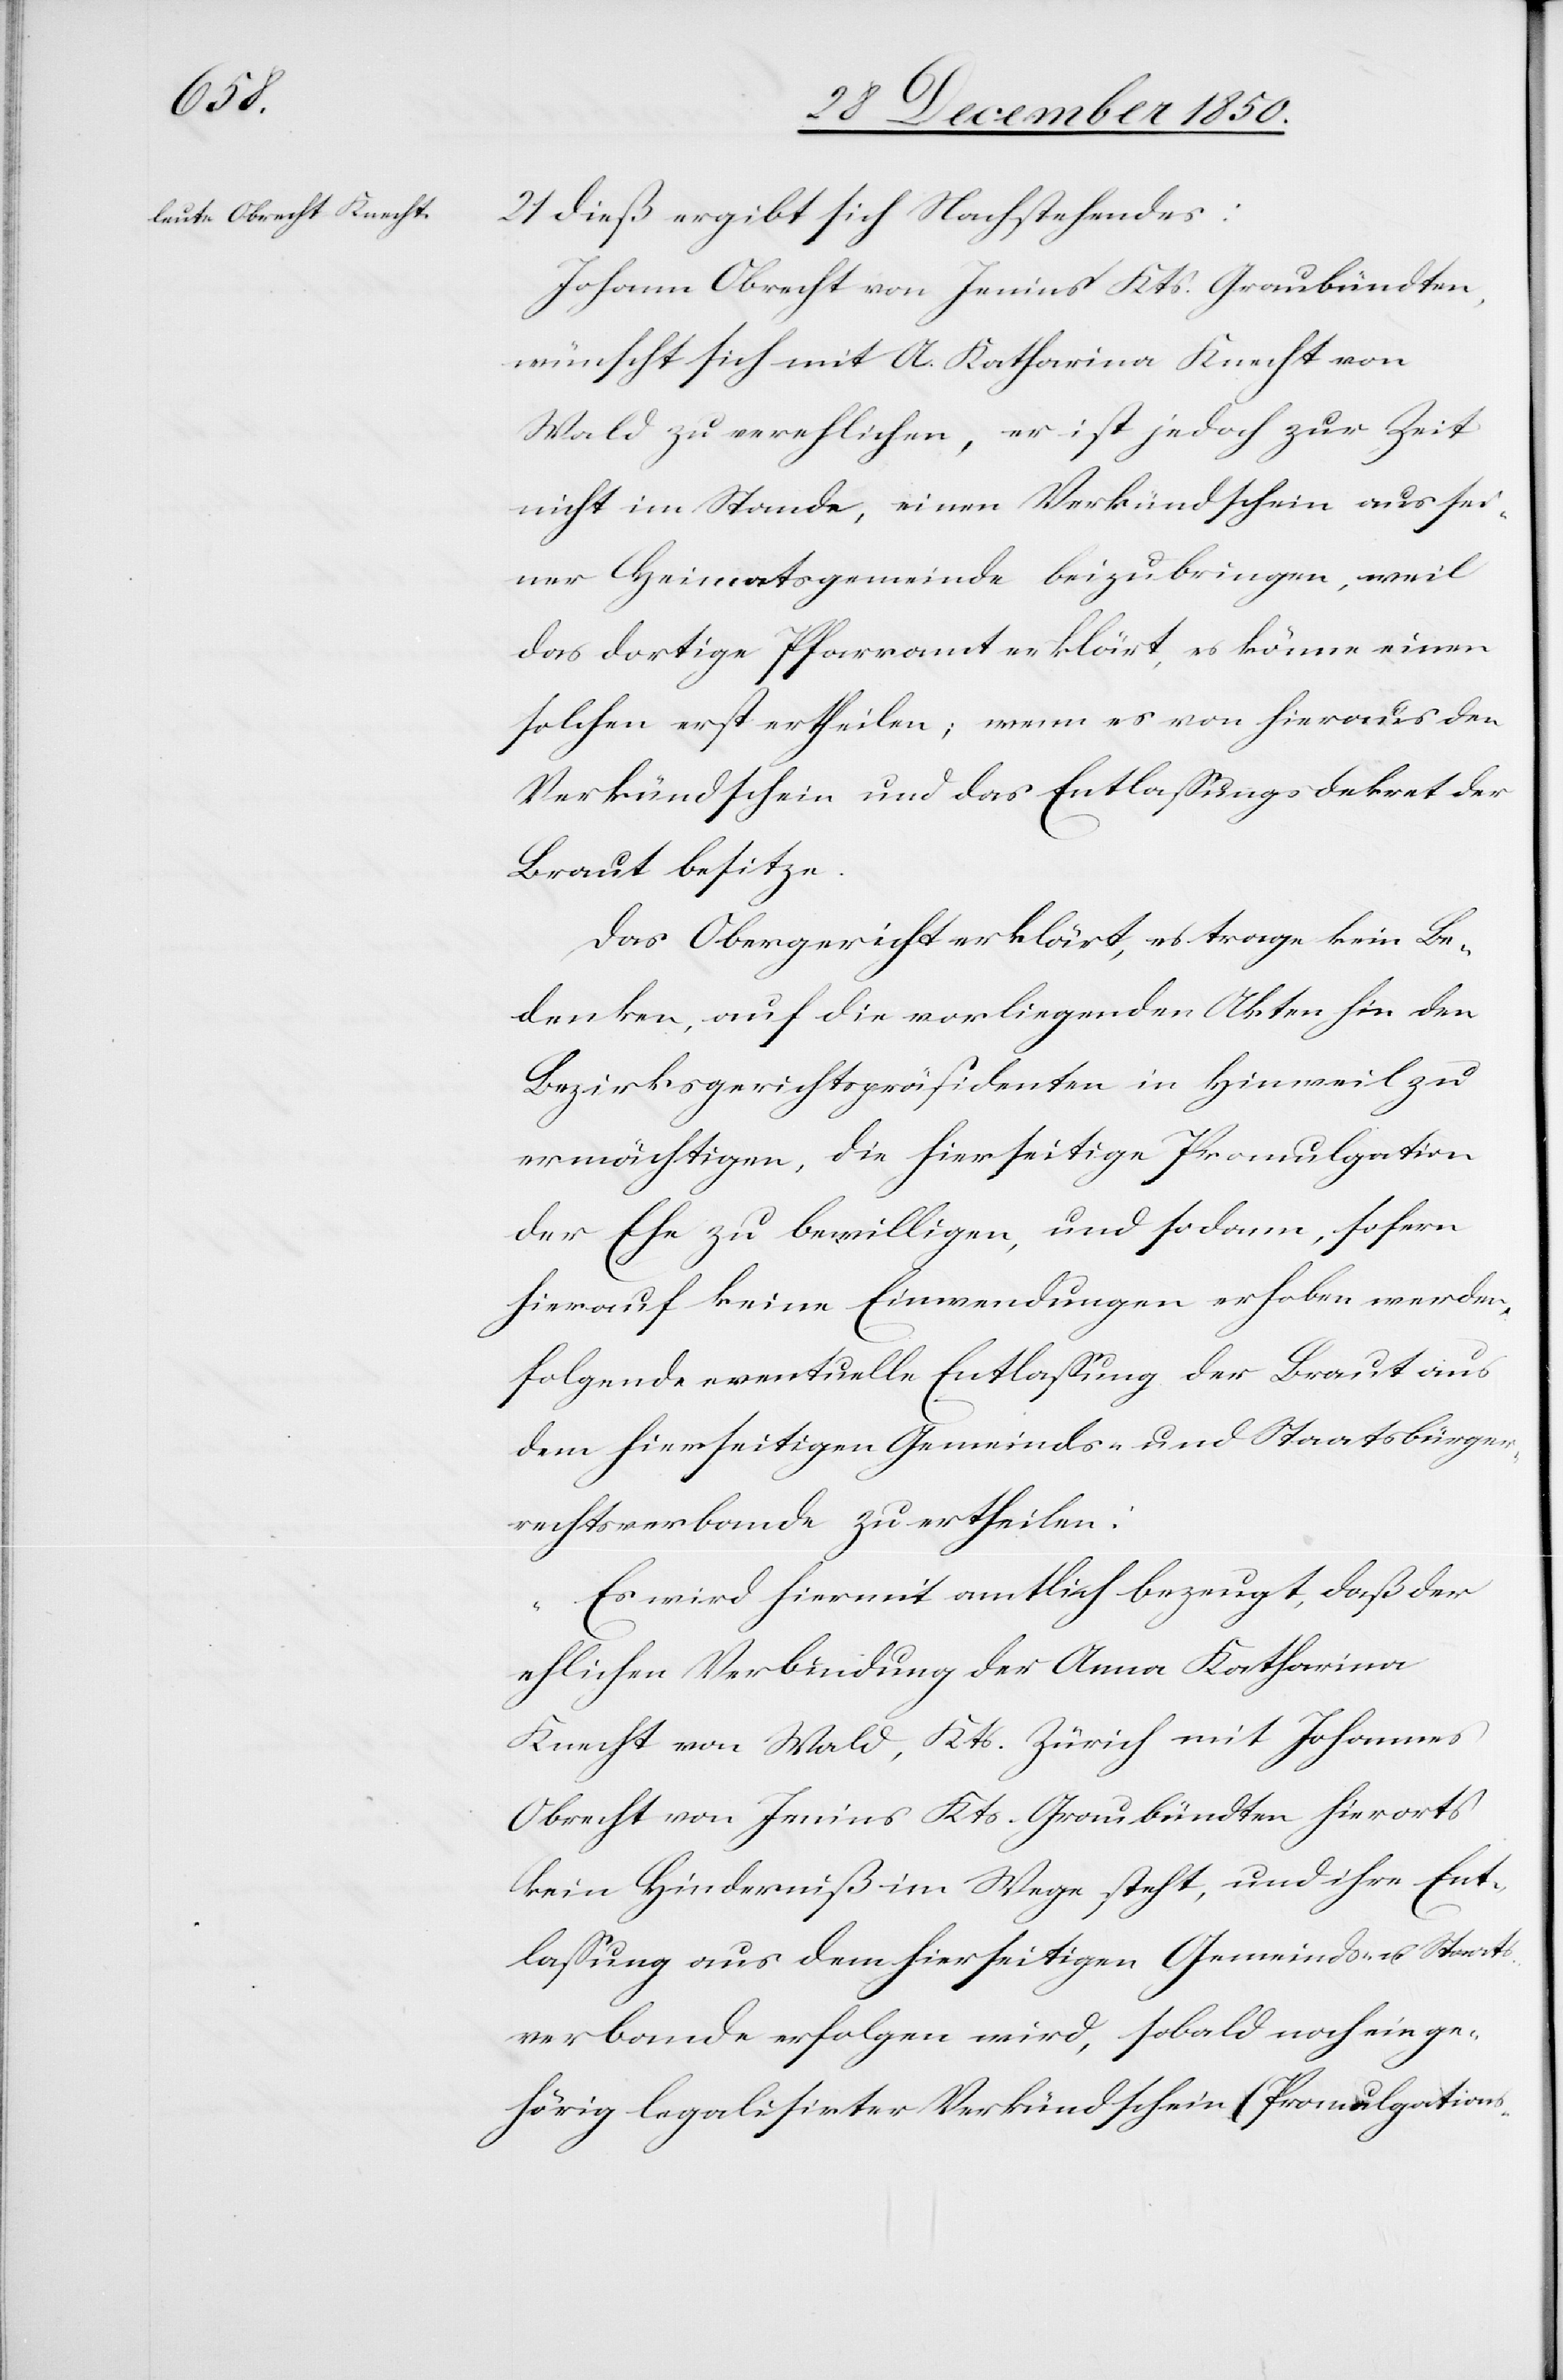
21 dieß ergibt sich Nachstehendes:
Johann Obrecht von Jenins Kts. Graubündten,
wünscht sich mit A. Katharina Knecht von
Wald zu verehlichen, er ist jedoch zur Zeit
nicht im Stande, einen Verkündschein aus sei¬
ner Heimatsgemeinde beizubringen, weil
das dortige Pfarramt erklärt, es könne einen
solchen erst ertheilen; wenn es von hieraus den
Verkündschein und das Entlassungsdekret der
Braut besitze.
Das Obergericht erklärt, es trage kein Be¬
denken, auf die vorliegenden Akten hin den
Bezirksgerichtspräsidenten in Hinweil zu
ermächtigen, die hierseitige Promulgation
der Ehe zu bewilligen, und sodann, sofern
hierauf keine Einwendungen erhoben werden,
folgende eventuelle Entlassung der Braut aus
dem hierseitigen Gemeinds- und Staatsbürger¬
rechtsverbande zu ertheilen:
„Es wird hiermit amtlich bezeugt, daß der
ehlichen Verbindung der Anna Katharina
Knecht von Wald, Kts. Zürich mit Johannes
Obrecht von Jenins Kts. Graubündten hierorts
kein Hinderniß im Wege steht, und ihre Ent¬
lassung aus dem hierseitigen Gemeinds- u. Staats¬
verbande erfolgen wird, sobald noch ein ge¬
hörig legalisirter Verkündschein (Promulgations-